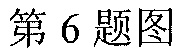
第 6 题图